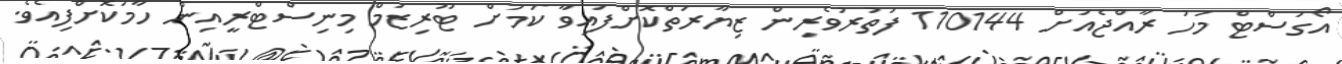
އޯގަސްޓް މަހު ރާއްޖެއަށް 110144 ފަތުރުވެރިން ޒިޔާރަތްކޮށްފައިވާ ކަމަށް ޓޫރިޒަމް މިނިސްޓްރީއިން ހާމަކޮށްފިއެވެ.